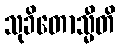
သုခိတောသ္မီတိ